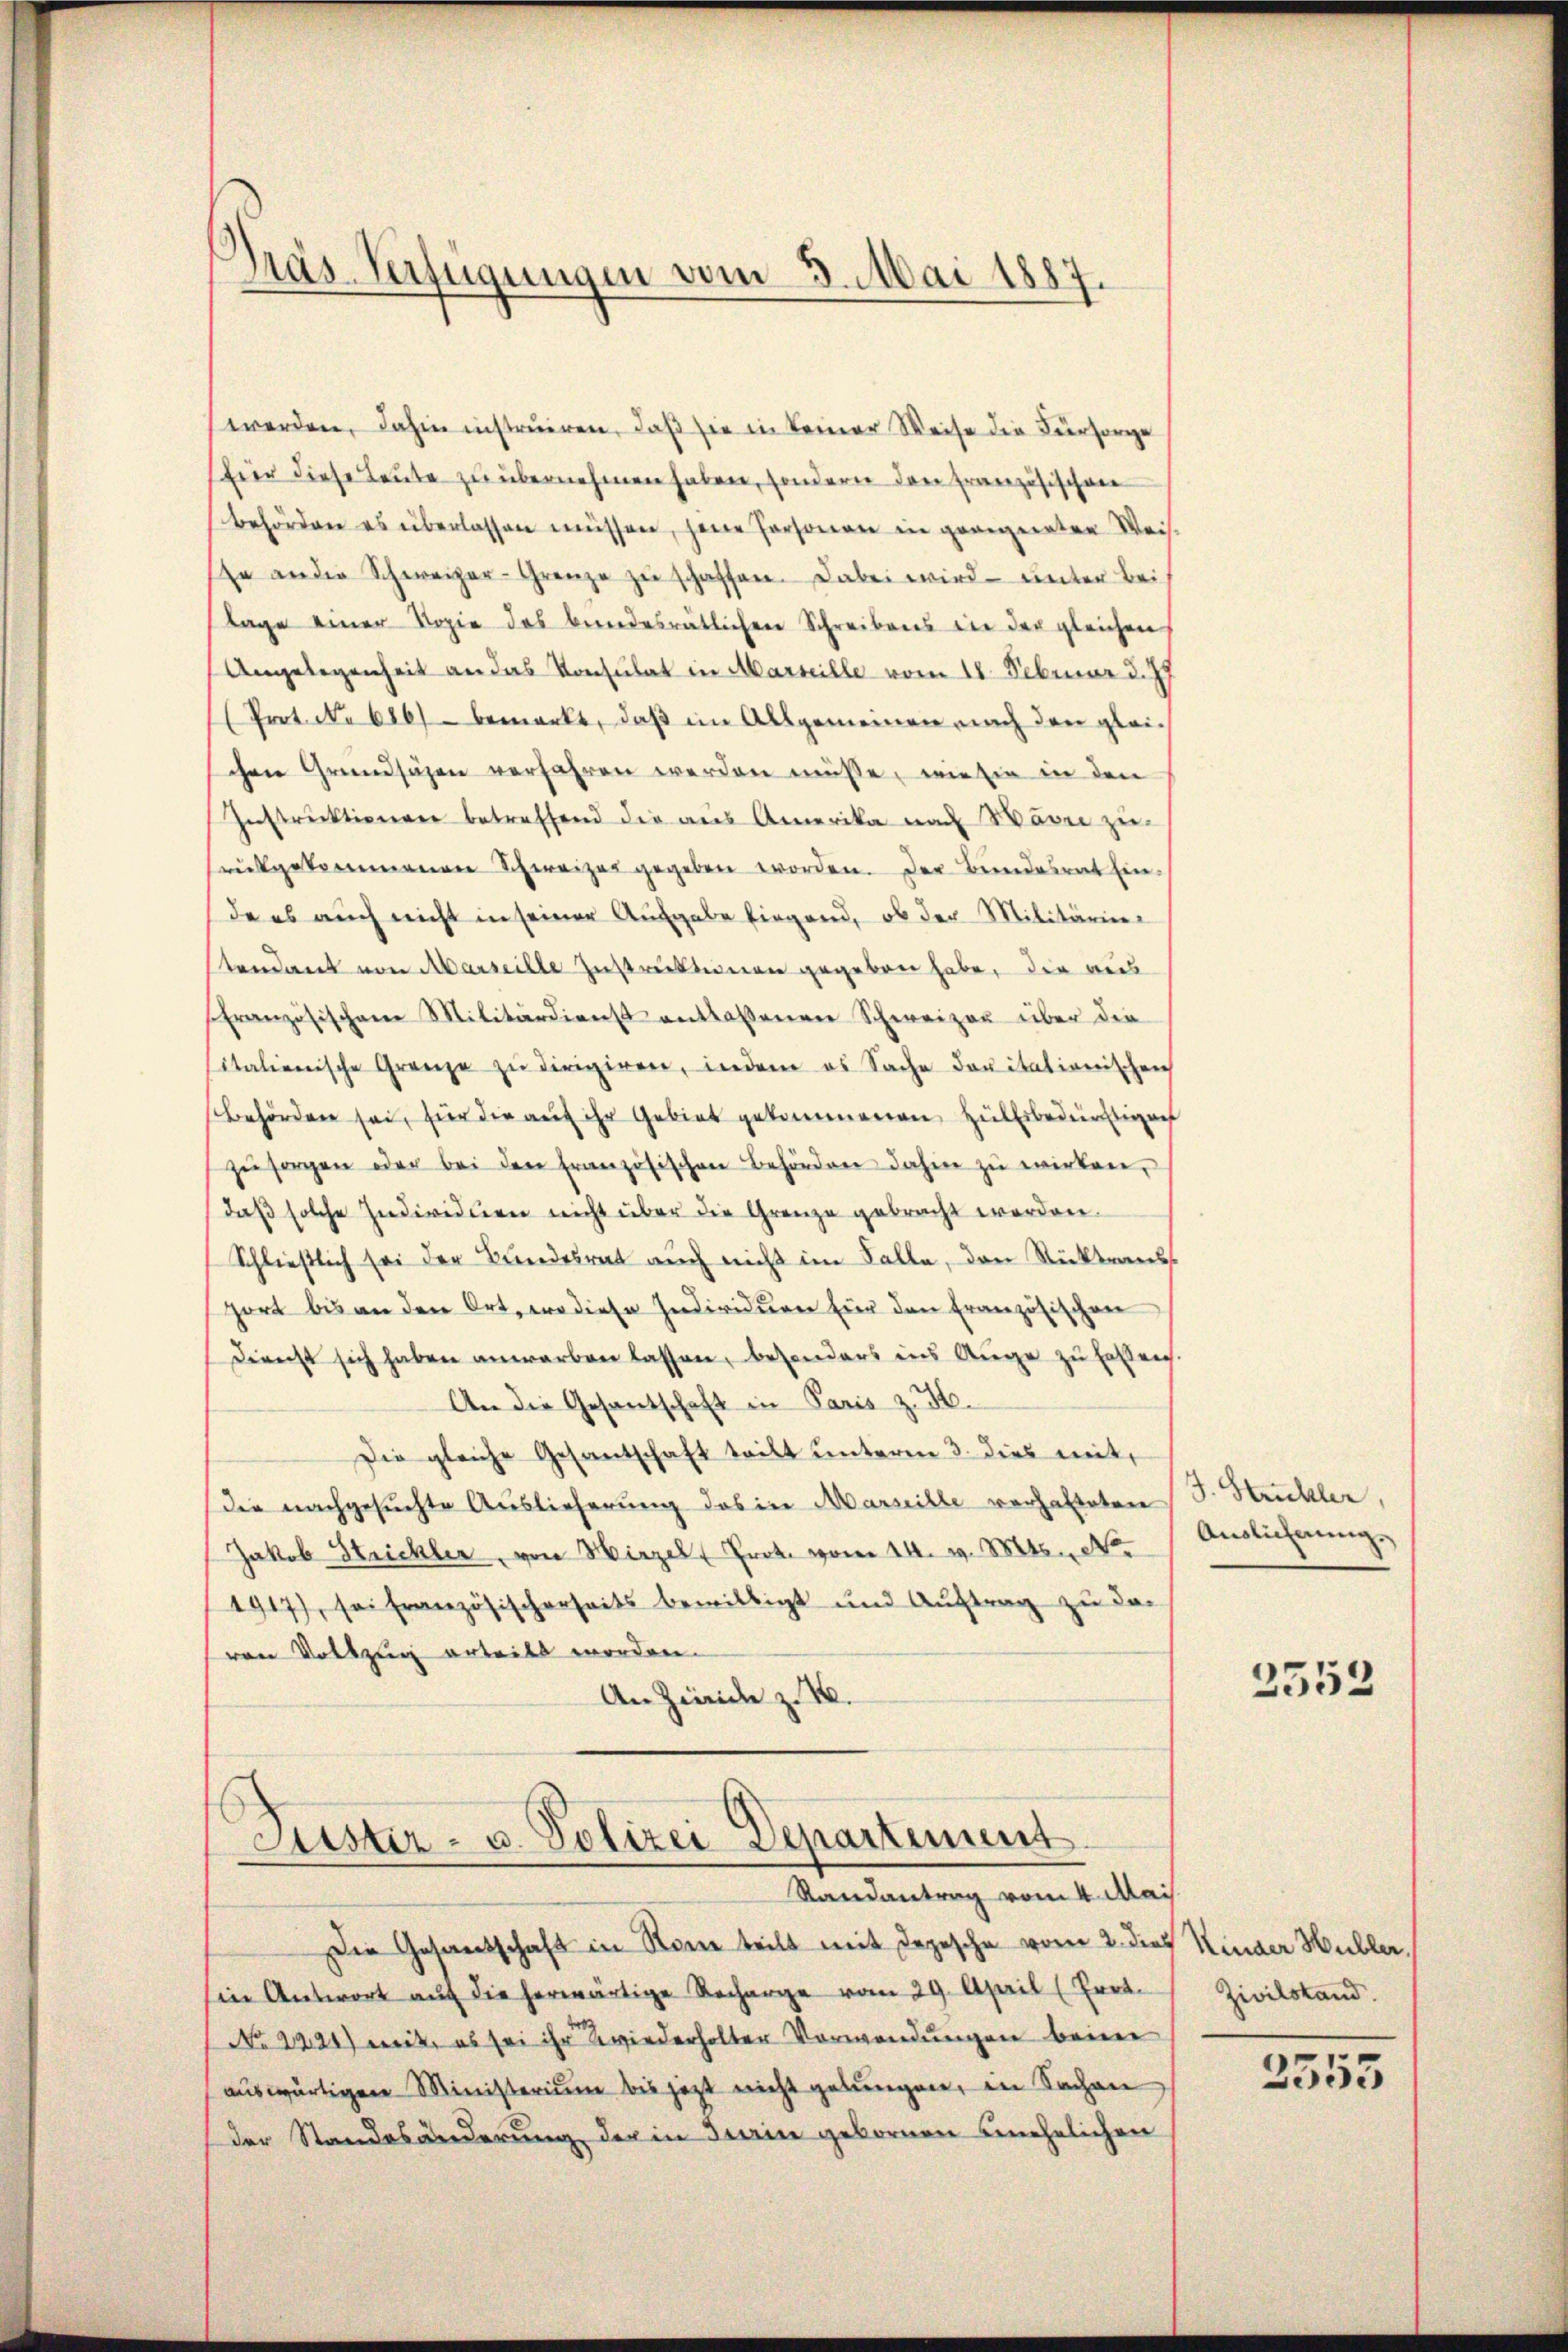
werden, dahin instruiren, daß sie in keiner Weise die Fürsorge
für diese Leute zu übernehmen haben, sondern den Französischen
behörden es überlassen müssen, jene Personen in graigeraten Weis-
Er an der Schweizer-Grenze zu schaffen. Dabei wird unter bei
lage einer Kopie das bundesrätlichen Schreibens in der gleichen
Angelegenheit an das Konsulat in Marseille vom 18. Februar d. J
Prot. No 626 bemerkt, daβ im Allgemeinen nach den gleich
schen Grundsäzen verfahren werden müsse, wie sie in den
Instruktionen betreffend die aus Amerika nach Wäre zu-
rükgekommenen Schweizer gegeben worden. Der Bundesrat Ein-
de es auch nicht in seiner Aufgabe birgend, ob der Militärinstandant von Marseille Instruktionen gegeben habe, die aus
französischem Militärdienst entlassenen Schweizer über die
italienische Grenze zŭ dirigiren, indem es Sache douitationischen
Behörden sei, für die auf ihr Gebiet gekommenen Hülfsbedürftigen
zŭ sorgen oder bei den französischen Behörden dahin zŭ wirken,
daß solche Individuen nicht über die Grenze gebracht worden.
Schließlich sei der Bundesrat auch nicht im Falle, den Rücktrans
port bis an den Ort, wo diese Individuen für den Französischen
Dienst sich haben anwarben lassen, besonders ins Auge zu halleich.
An die Gesandtschaft in Paris z. H.
Die gleiche Gesantschaft teilt unterm 3. dies mit,
die nachgesuchte Auslieferung das in Marseille verhalteten
Jakob Strickler, von Hirzel Prok. vom 14. v. Mts. No
1917), sei französischerheits bewilligt und Auftrag zu da
von Vollzug erteilt worden.
An Zürich z. B.

Pras Verfügungen vom 3. Mai 1887.

Lister- u. Polizei Departement
Randantrag vom 4. Mai

Die Gesamtschaft in Rome teilt mit Depesche vom 2. dies Kinder Hüller,
in Antwort auf die herwärtige Recharge vom 29. April (Errt.
No 2224) mit, es sei ihr wiederholter Verwendungen beimer
aŭswärtigen Ministerium bis jetzt nicht gelungen, in Sachen
der Standesänderung der in Turin gebornen unehelichen

J. Struckler,
Auslichnung.

3552

Zivilstand.
2555